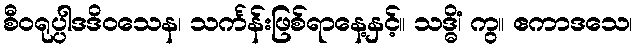
စီဝရုပ္ပါဒဒိဝသေန၊ သင်္ကန်းဖြစ်ရာနေ့နှင့်။ သဒ္ဓိံ၊ ကွ။ ဧကာဒသေ၊